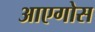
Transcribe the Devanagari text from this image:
आएगोस